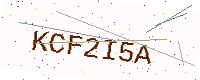
Text: KCF2I5A